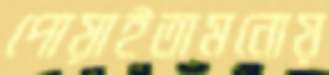
পোয়াইতামনোয়